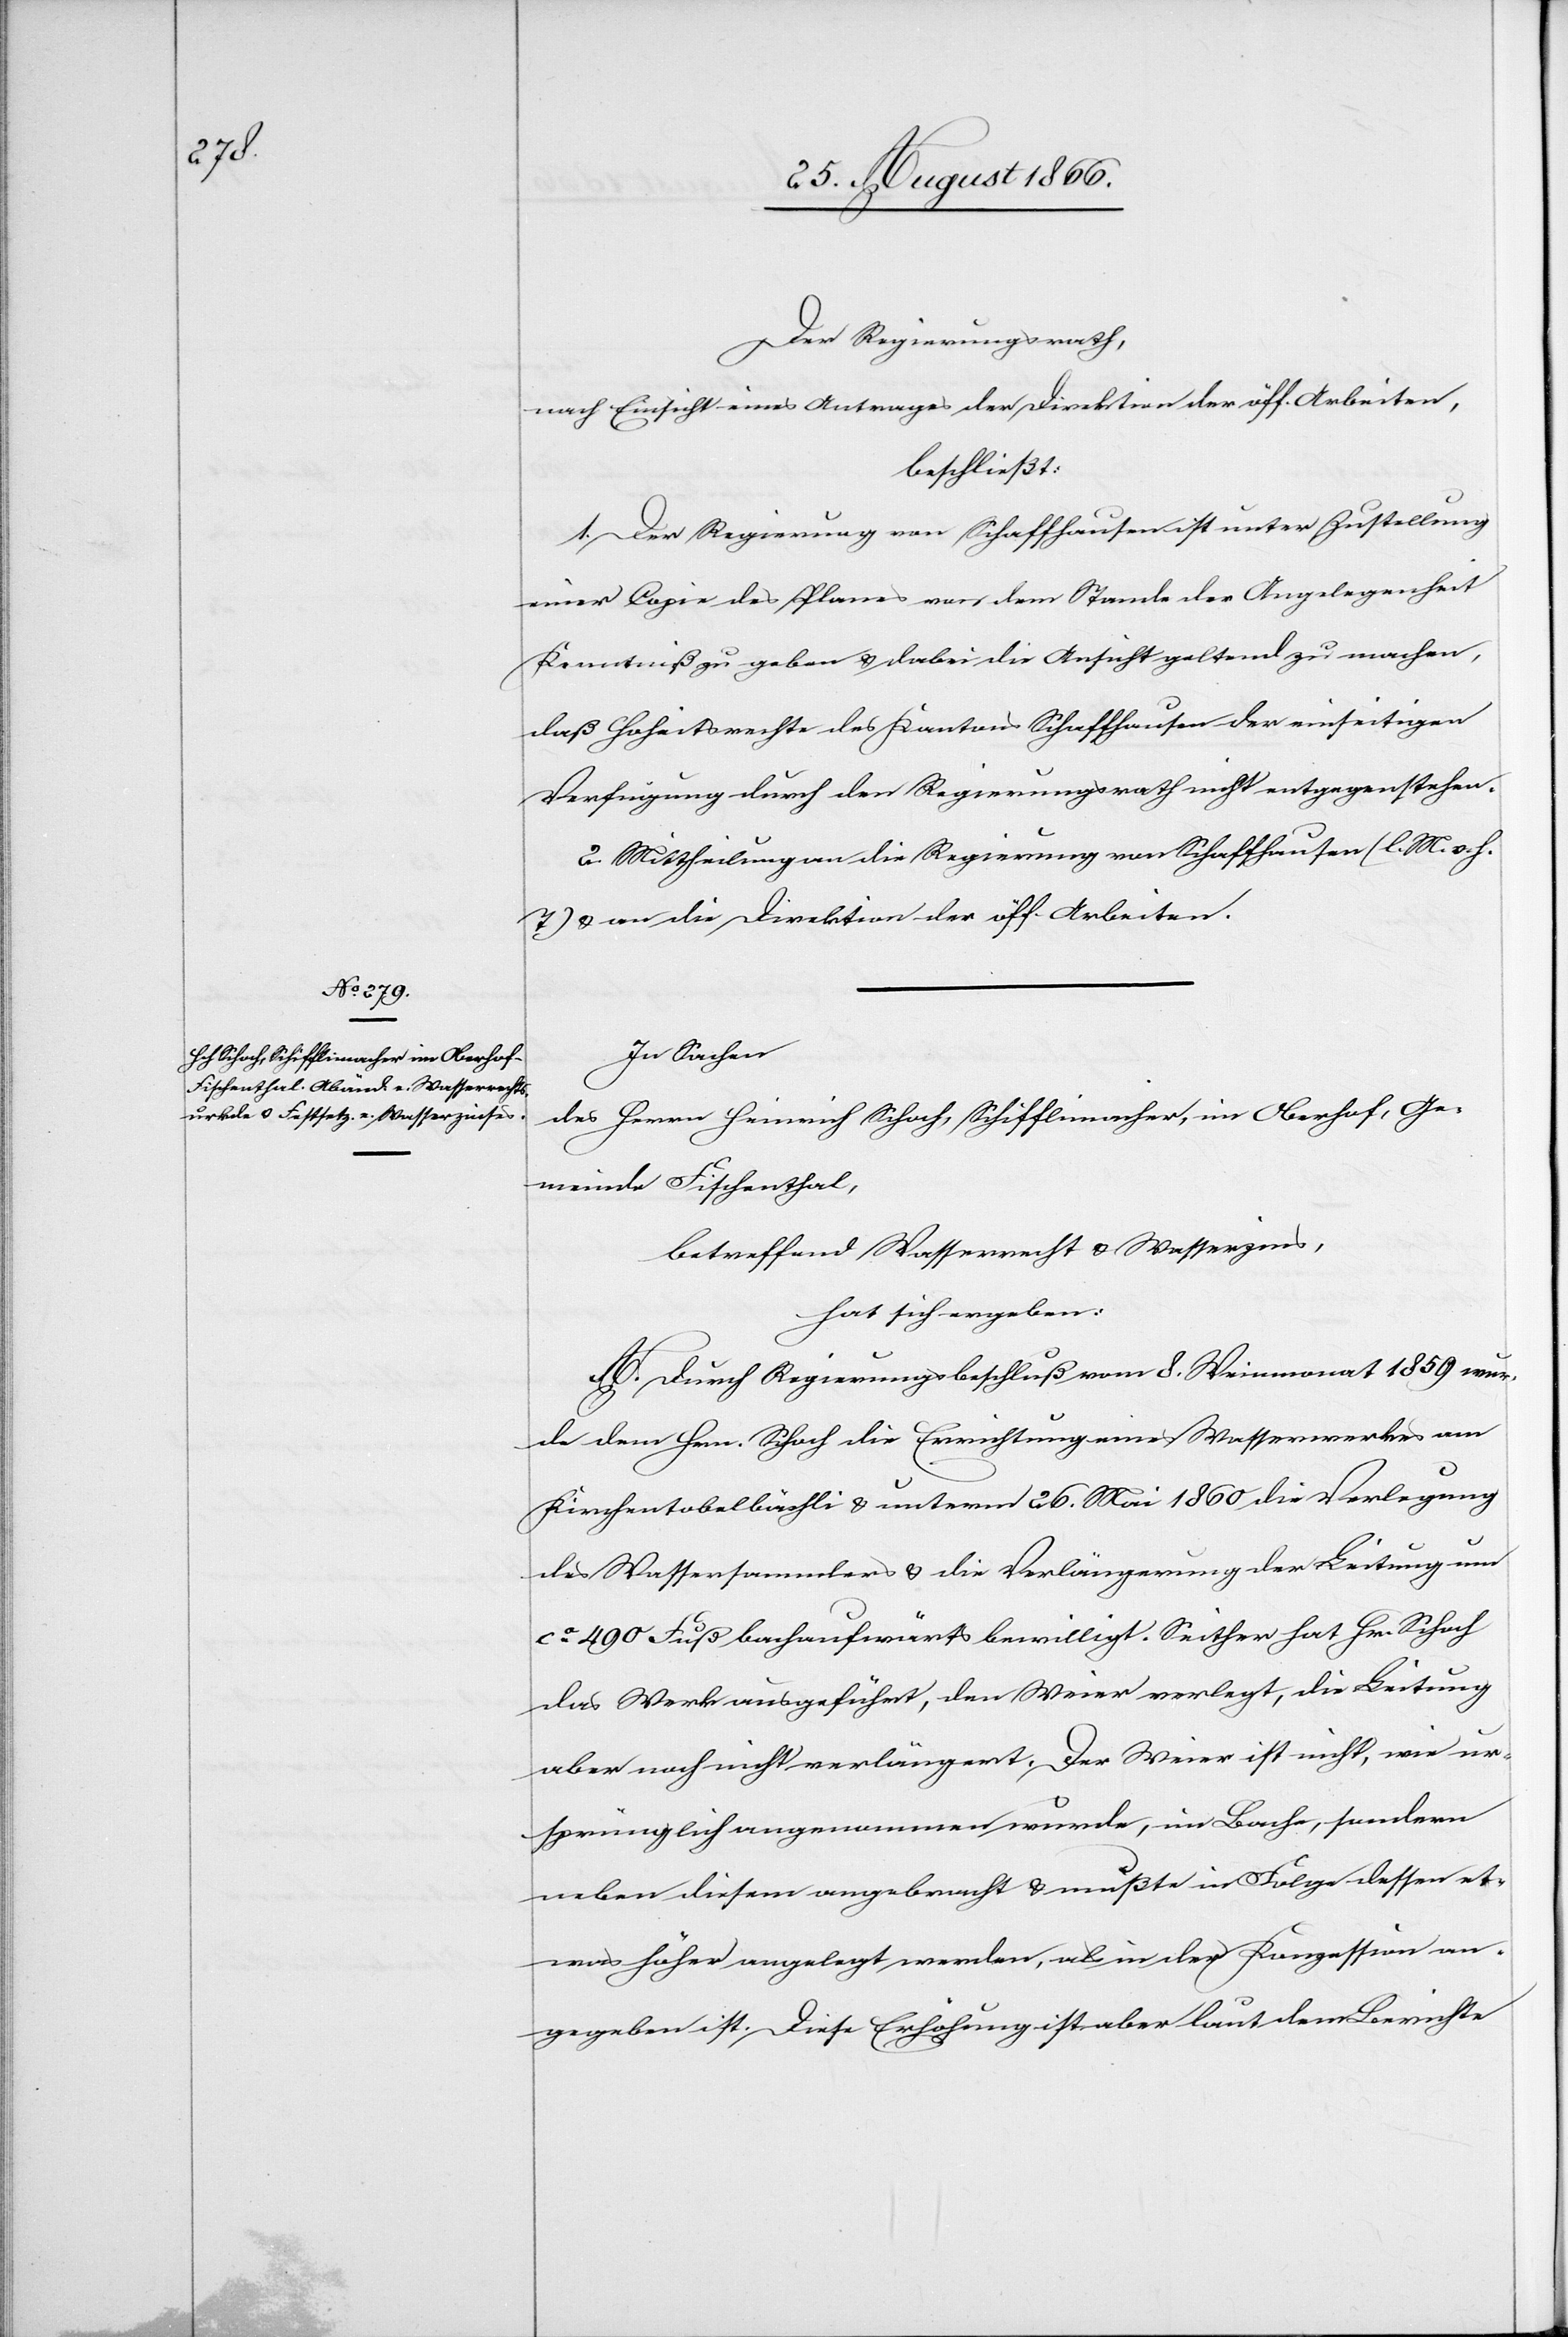
Der Regierungsrath,
nach Einsicht eines Antrages der Direktion der öff. Arbeiten,
beschließt:
1. Der Regierung von Schaffhausen ist unter Zustellung
einer Copie des Planes von dem Stande der Angelegenheit
Kenntniß zu geben u. dabei die Ansicht geltend zu machen,
daß Hoheitsrechte des Kantons Schaffhausen der einseitigen
Verfügung durch den Regierungsrath nicht entgegenstehen.
2. Mittheilung an die Regierung von Schaffhausen (l. M. v. h.
T) u. an die Direktion der öff. Arbeiten.
In Sachen
des Herrn Heinrich Schoch, Schifflimacher, im Oberhof, Ge¬
meinde Fischenthal,
betreffend Wasserrecht u. Wasserzins,
hat sich ergeben:
A. Durch Regierungsbeschluß vom 8. Weinmonat 1859 wur¬
de dem Hrn. Schoch die Errichtung eines Wasserwerkes am
Kirchentobelbächli u. unterm 26. Mai 1860 die Verlegung
des Wassersammlers u. die Verlängerung der Leitung um
ca. 490 Fuß bachaufwärts bewilligt. Seither hat Hr. Schoch
das Werk ausgeführt, den Weier verlegt, die Leitung
aber noch nicht verlängert. Der Weier ist nicht, wie ur¬
sprünglich angenommen wurde, im Bache, sondern
neben diesem angebracht u. mußte in Folge dessen et¬
was höher angelegt werden, als in der Konzession an¬
gegeben ist. Diese Erhöhung ist aber laut dem Berichte